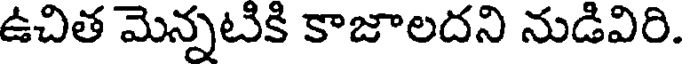
ఉచిత మెన్నటికి కాజాలదని నుడివిరి.